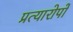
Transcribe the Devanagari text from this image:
प्रत्यारोपों